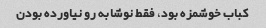
کباب خوشمزه بود، فقط نوشابه رو نیاورده بودن